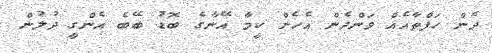
ދެން ހަފްތާއެއް ވަންދެން އެހެން ކީމާ އޭނާގެ ބޮޑު ބޭބެ އެންގީ ދުލުން